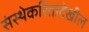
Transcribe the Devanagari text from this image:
संस्थेकरितादेखील